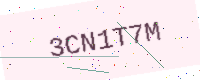
Text: 3CN1T7M